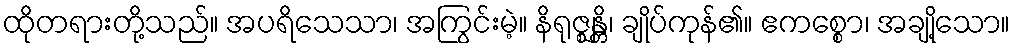
ထိုတရားတို့သည်။ အပရိသေသာ၊ အကြွင်းမဲ့။ နိရုဇ္ဈန္တိ၊ ချိုပ်ကုန်၏။ ဧကစ္စော၊ အချို့သော။